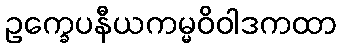
ဥက္ခေပနီယကမ္မဝိဝါဒကထာ